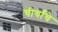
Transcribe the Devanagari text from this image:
चीर्यांचे